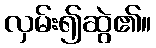
လှမ်း၍ဆွဲ၏။